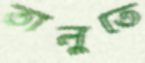
তালুতে